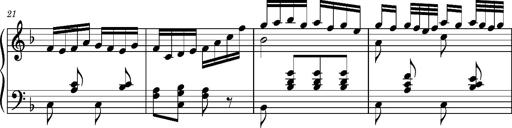
Title: Ungarischer Romanzero
Composer: Franz Liszt